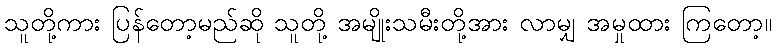
သူတို့ကား ပြန်တော့မည်ဆို သူတို့ အမျိုးသမီးတို့အား လာမျှ အမှုထား ကြတော့။